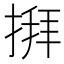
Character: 𢱎